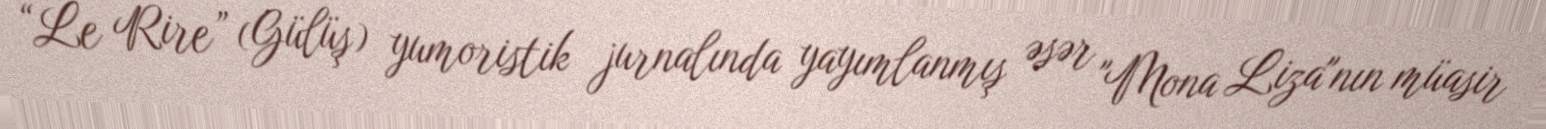
“Le Rire” (Gülüş) yumoristik jurnalında yayımlanmış əsər "Mona Liza"nın müasir